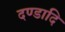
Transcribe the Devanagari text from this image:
दण्डादि